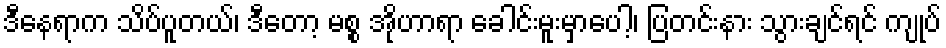
ဒီနေရာက သိပ်ပူတယ်၊ ဒီတော့ မစ္စ အိုဟာရာ ခေါင်းမူးမှာပေါ့၊ ပြတင်းနား သွားချင်ရင် ကျုပ်